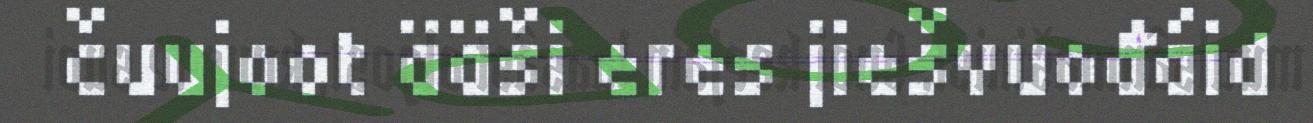
čuujoot ääši eres jiešvuođáid